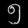
Digit: ၅